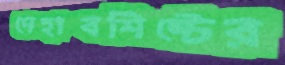
দেহাবশিষ্টের